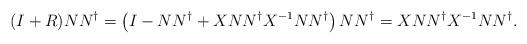
LaTeX: \begin{align*}(I+R)NN^{\dagger}=\left(I-NN^{\dagger}+XNN^{\dagger}X^{-1}NN^{\dagger}\right)NN^{\dagger}=XNN^{\dagger}X^{-1}NN^{\dagger}.\end{align*}